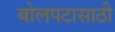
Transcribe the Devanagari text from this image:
बोलपटासाठी